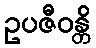
ဥပဇီဝန္တိ